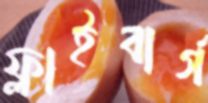
ফ্লাইবার্গ